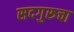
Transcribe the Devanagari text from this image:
सदगुरूचा